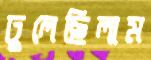
ঢুলেছিলাম